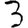
Digit: 3